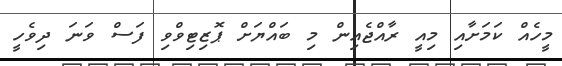
މީހެއް ކަމަށާއި މިއީ ރާއްޖެއިން މި ބައްޔަށް ޕޮޒިޓިވްވި ފަސް ވަނަ ދިވެހީ